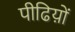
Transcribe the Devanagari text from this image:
पीढिय़ों